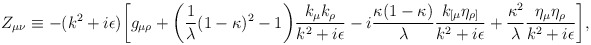
\begin{align*}Z_{\mu\nu}\equiv-(k^2+i\epsilon)\biggl[g_{\mu\rho}+\biggl({1\over\lambda}(1-\kappa)^2-1\biggr){k_\mu k_\rho\over{k^2+i\epsilon}}-i{{\kappa(1-\kappa)}\over\lambda}{k_{[\mu}\eta_{\rho]}\over{k^2+i\epsilon}}+{\kappa^2\over\lambda}{\eta_\mu\eta_\rho\over{k^2+i\epsilon}}\biggr],\end{align*}